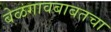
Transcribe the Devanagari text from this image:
बेळगावबाबतचा